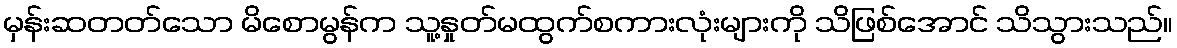
မှန်းဆတတ်သော မိစောမွန်က သူ့နှုတ်မထွက်စကားလုံးများကို သိဖြစ်အောင် သိသွားသည်။